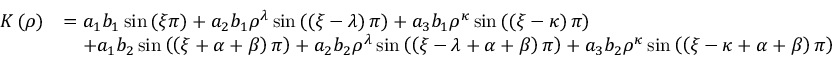
\begin{array} { r l } { K \left( \rho \right) } & { = a _ { 1 } b _ { 1 } \sin \left( \xi \pi \right) + a _ { 2 } b _ { 1 } \rho ^ { \lambda } \sin \left( \left( \xi - \lambda \right) \pi \right) + a _ { 3 } b _ { 1 } \rho ^ { \kappa } \sin \left( \left( \xi - \kappa \right) \pi \right) } \\ & { \quad + a _ { 1 } b _ { 2 } \sin \left( \left( \xi + \alpha + \beta \right) \pi \right) + a _ { 2 } b _ { 2 } \rho ^ { \lambda } \sin \left( \left( \xi - \lambda + \alpha + \beta \right) \pi \right) + a _ { 3 } b _ { 2 } \rho ^ { \kappa } \sin \left( \left( \xi - \kappa + \alpha + \beta \right) \pi \right) } \end{array}